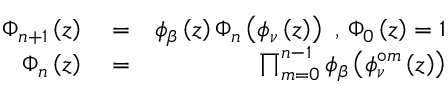
\begin{array} { r l r } { \Phi _ { n + 1 } \left( z \right) } & { { } = } & { \phi _ { \beta } \left( z \right) \Phi _ { n } \left( \phi _ { \nu } \left( z \right) \right) \mathrm { ~ , ~ } \Phi _ { 0 } \left( z \right) = 1 } \\ { \Phi _ { n } \left( z \right) } & { { } = } & { \prod _ { m = 0 } ^ { n - 1 } \phi _ { \beta } \left( \phi _ { \nu } ^ { \circ m } \left( z \right) \right) } \end{array}